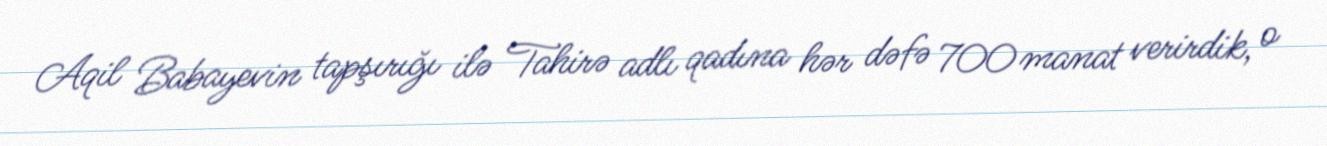
Aqil Babayevin tapşırığı ilə Tahirə adlı qadına hər dəfə 700 manat verirdik, o